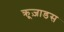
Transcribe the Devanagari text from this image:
क्रूज़ाडस